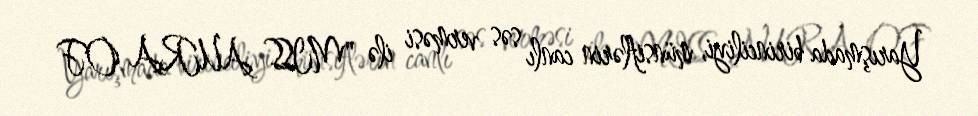
Yarışmada birinciliyi, münsiflərin canlı səs verməsi ilə "MISS AURA OF